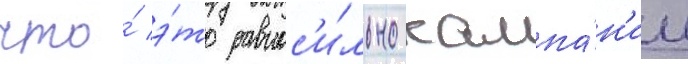
что́ э́то равнос'и́льно кампа́н'ии